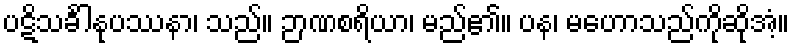
ပဋိသင်္ခါနုပဿနာ၊ သည်။ ဉာဏစရိယာ၊ မည်၏။ ပန၊ မဟောသည်ကိုဆိုအံ့။